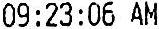
09:23:06 AM